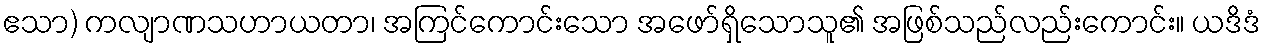
ဧသာ) ကလျာဏသဟာယတာ၊ အကြင်ကောင်းသော အဖော်ရှိသောသူ၏ အဖြစ်သည်လည်းကောင်း။ ယဒိဒံ